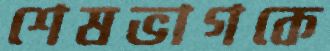
শেষভাগকে